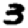
Digit: 3